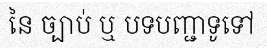
នៃ ច្បាប់ ឬ បទបញ្ជាទូទៅ